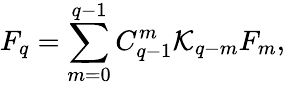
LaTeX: F_{q}=\sum_{m=0}^{q-1}C_{q-1}^{m}\mathcal{K}_{q-m}F_{m},